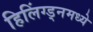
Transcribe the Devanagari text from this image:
हिलिंग्ड्नमध्ये